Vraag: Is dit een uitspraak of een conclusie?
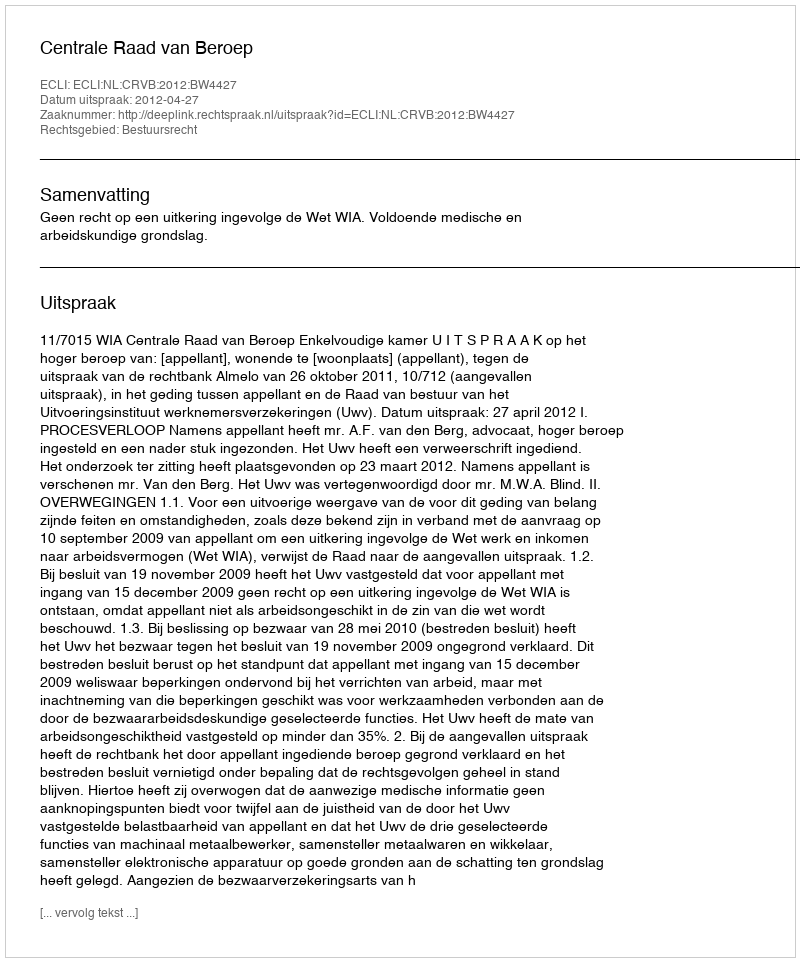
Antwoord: Uitspraak